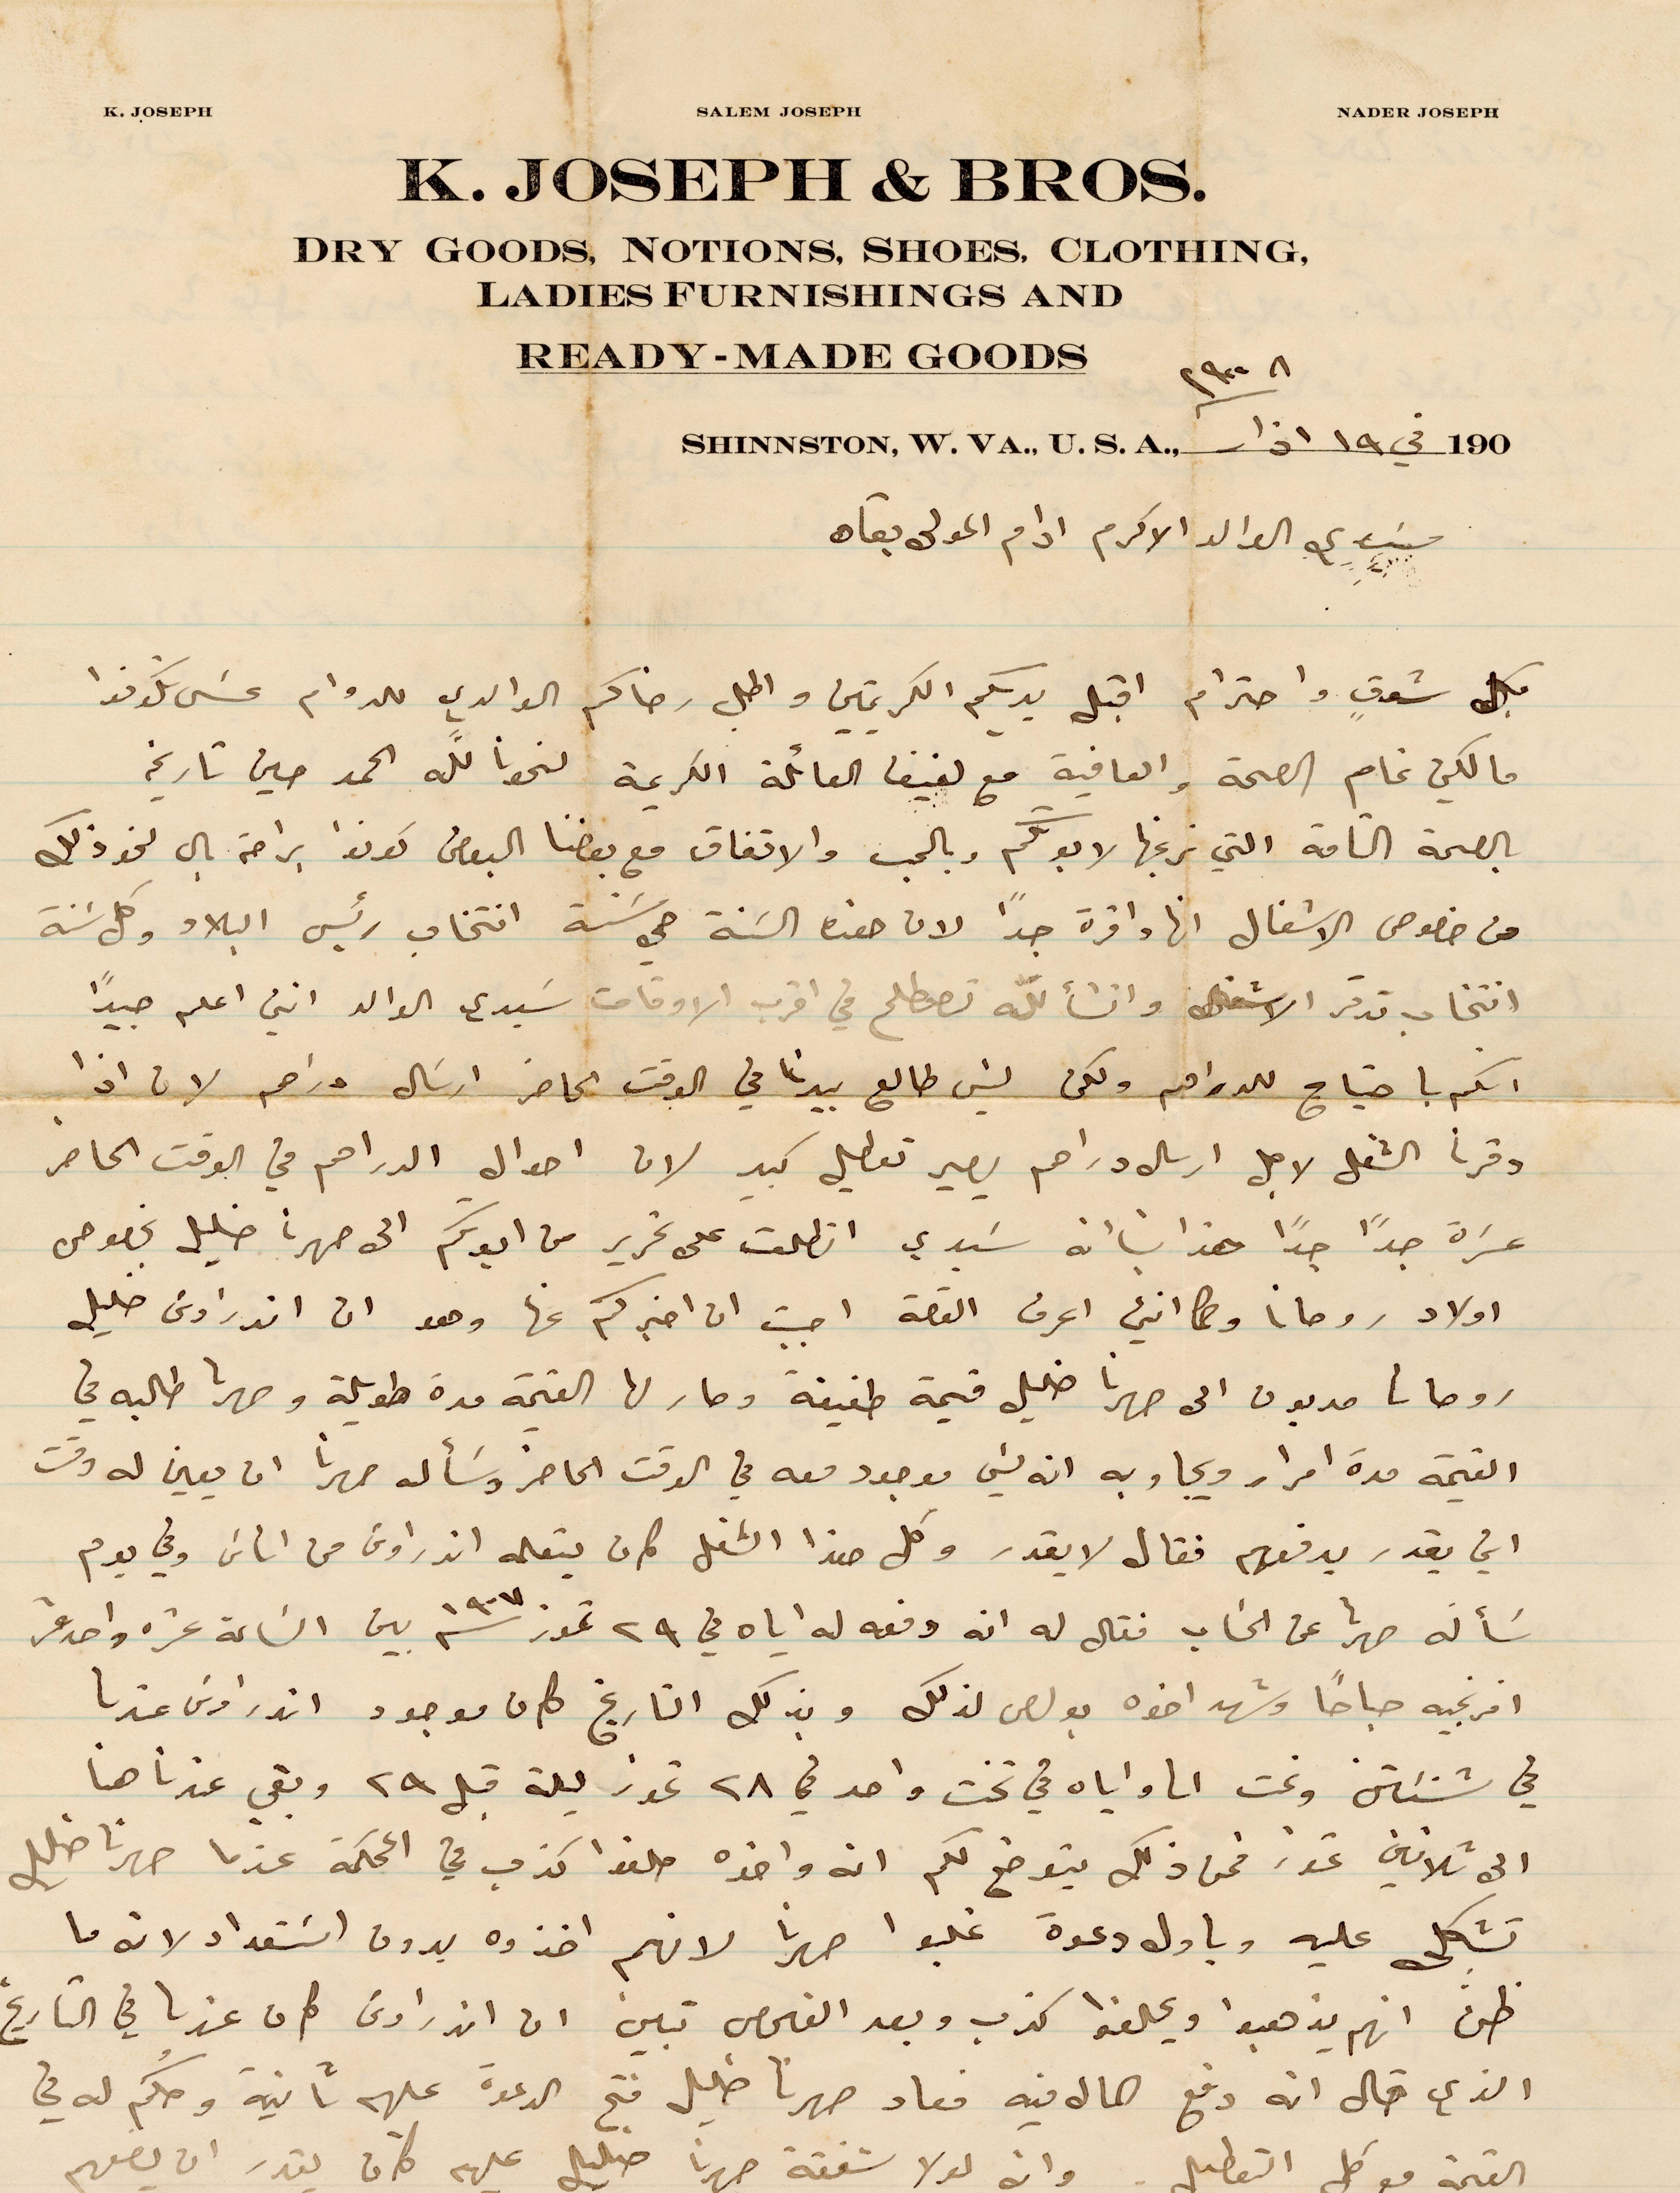
سيدي الوالد الاكرم ادام المولى بقاه
بكل شوق واحترام اقبل يديكم الكريمتين واطلب رضاكم الوالدي للدوام عسى تكونوا
مالكين تمام الصحة والعافية مع لفيف العائلة الكريمة نحونا الله الحمد حين تاريخه
بالصحة التامة التي نرغبها لابوكم وبالحب والاتفاق مع بعضنا البعض كونوا براحة بال نحو ذلك
من خصوص الاشغال انها وافرة جدًا لان هذه السنة هي سنة انتخاب رئيس البلاد وكل سنة
انتخاب تدقر الاشغال وانشالله تصطلح في اقرب الأوقات سيدي الوالد اني اعلم جيدًا
انكم باجتياج للدراهم ولكن ليس طالع بيدنا في الوقت الحاضر ارسال دراهم لان اذا
وفرنا الشغل لاجل ارسال الدراهم يصير تعطيل كبير لان أحوال الدراهم في الوقت الحاضر
عسرة جدًا جدًا هذا بانه سيدي انطلعت على تحرير من ابوكم الى صهرنا خليل بخصوص
أولاد روحانا ولا اني اعرف القصة واحببت ان اخبركم عنها وهو ان اندراوس خليل
مديون الى صهرنا خليل قيمة طفيفة وصار لها القيمة مدة طويلة وصهرنا طالبه في
القيمة مدة امرار ويجاوبه انه ليس موجود معه في الوقت الحاضر وسأله صهرنا ان يعين له وقت
اني يقدر يدفعهم فقال لا يقدر وكل هذا الشغل كان يتعلمه اندراوس من أناس وفي يوم
سأله صهرنا عن الحساب فقا له انه دفعه له إياه في ٢۹ تموز ١۹٠٧ بين الساعة عشره واحدى عشر
افرنجيه صباحًا وشهر اخوه بولص لذلك وبذلك التاريخ كان موجود اندراوس عندنا
في %% ونحن واياه في تحت واحد في ٢٨ تموز ليلة قبل ٢۹ وبقي عندنا هنا
الى ثلاثين تموز فمن ذلك يتوضح لكم انه واخذه حلفوا كذب في المحكمة عندما صهرنا خليل
تشكى عليه وباول دعوة غلبوا صهرنا لانهم اخذوه بدون استعداد لانه ما
ظن انهم يذهبوا ويحلفوا كذب وبعد الفحص تبين ان اندراوس كان عندنا في التاريخ
الذي قال انه دفع المال فيه فعاد صهرنا خليل فتح الدعوة عليهم ثانية وحكم له في
القيمة مع كل التعطيل وانه لولا شفقة صهرنا عليهم كان يقدر ان يضعهم